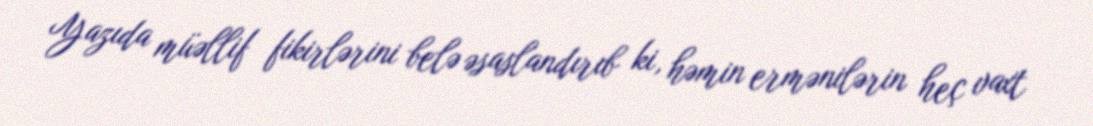
Yazıda müəllif fikirlərini belə əsaslandırıb ki, həmin ermənilərin heç vaxt